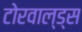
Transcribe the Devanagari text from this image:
टोरवाल्ड्स